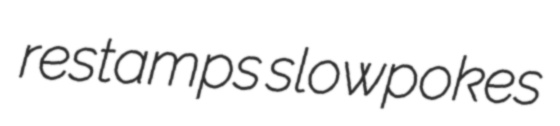
restamps slowpokes